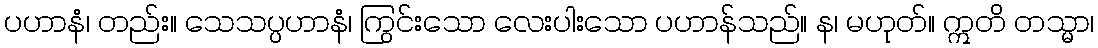
ပဟာနံ၊ တည်း။ သေသပ္ပဟာနံ၊ ကြွင်းသော လေးပါးသော ပဟာန်သည်။ န၊ မဟုတ်။ ဣတိ တသ္မာ၊